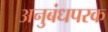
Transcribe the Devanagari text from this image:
अनुबंधपरक